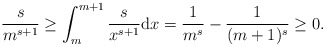
\begin{align*}\frac{s}{m^{s+1}}\geq \int_{m}^{m+1}\frac{s}{x^{s+1}}\mathrm{d}x=\frac{1}{m^s}-\frac{1}{(m+1)^s}\geq 0.\end{align*}